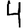
Digit: 4